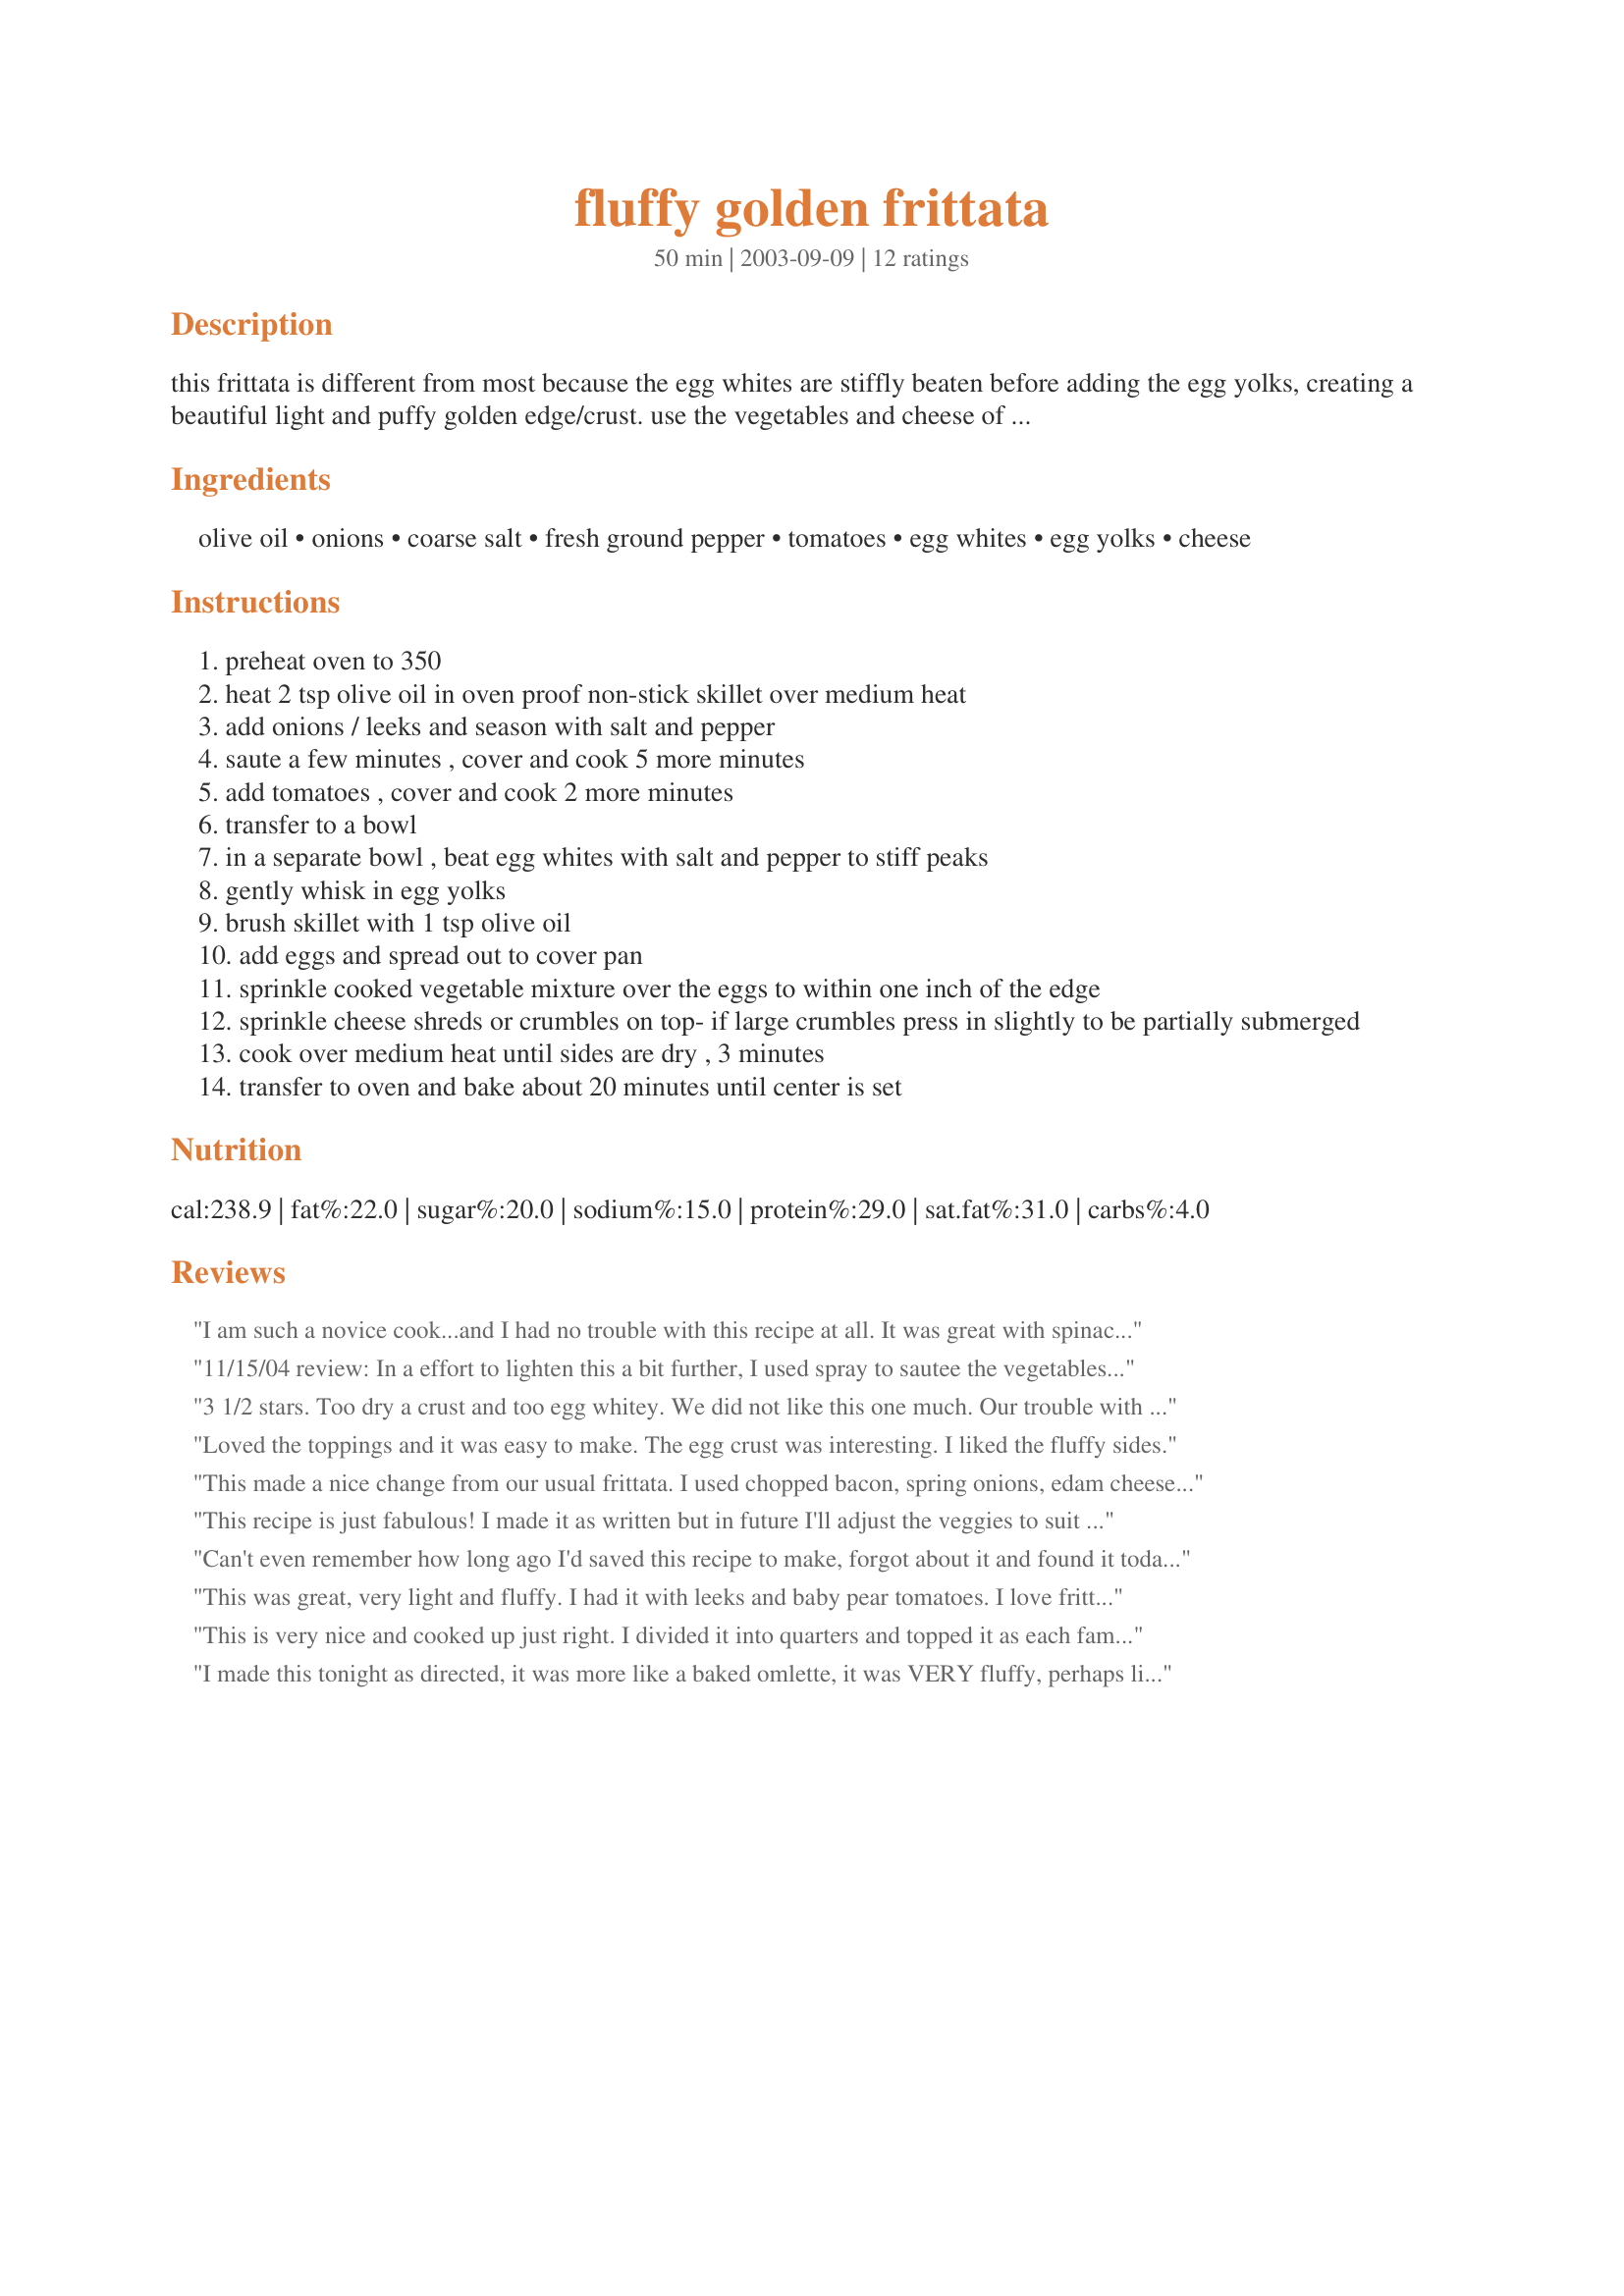
fluffy golden frittata
Preparation time: 50 minutes

this frittata is different from most because the egg whites are stiffly beaten before adding the egg yolks, creating a beautiful light and puffy golden edge/crust. use the vegetables and cheese of your choice. it's based on a recipe in martha stewart's everyday food magazine. she suggested leeks, grape tomatoes and crumbled goat cheese, but we used onion, garden tomatoes and light cheddar, and it was fabulous.

Ingredients:
olive oil, onions, coarse salt, fresh ground pepper, tomatoes, egg whites, egg yolks, cheese

Steps:
preheat oven to 350
heat 2 tsp olive oil in oven proof non-stick skillet over medium heat
add onions / leeks and season with salt and pepper
saute a few minutes , cover and cook 5 more minutes
add tomatoes , cover and cook 2 more minutes
transfer to a bowl
in a separate bowl , beat egg whites with salt and pepper to stiff peaks
gently whisk in egg yolks
brush skillet with 1 tsp olive oil
add eggs and spread out to cover pan
sprinkle cooked vegetable mixture over the eggs to within one inch of the edge
sprinkle cheese shreds or crumbles on top- if large crumbles press in slightly to be partially submerged
cook over medium heat until sides are dry , 3 minutes
transfer to oven and bake about 20 minutes until center is set

Reviews:
I am such a novice cook...and I had no trouble with this recipe at all. It was great with spinach, feta and tomatoes. Also added fresh basil and garlic.
11/15/04 review: In a effort to lighten this a bit further, I used spray to sautee the vegetables and just three yolks. Also used half mushrooms and half onions with reduced fat cheddar cheese. The results were wonderful. I don't think I'll ever make a frittata without whipping the whites separately ever again. I could also see using a wide array of vegetables including zucchini and spinach. Update: Just made this again with leeks and a combination of part skim mozzarella and reduced fat feta cheese. Couldn't imagine this being better than the last time but it was. Thanks again PanNan.
3 1/2 stars. Too dry a crust and too egg whitey. We did not like this one much. Our trouble with it was the texture. I used a cast iron frying pan and after taking it out it sank, not sure if it is meant to. I used one less egg white, unrefined extra virgin olive oil, vidalia onions, scallions, sea salt though not coarse, sliced tomatoes, a good mozzarella and a sharper cheddar cheese, plus the rest of the ingredients and I also added a some freshly sliced button mushrooms while sauteing the onions.Made for ZWT7 Italy, for my team, Food.Commandos
Loved the toppings and it was easy to make. The egg crust was interesting. I liked the fluffy sides.
This made a nice change from our usual frittata. I used chopped bacon, spring onions, edam cheese and cherry tomatoes. I will make again. A 'keeper' for me :)
This recipe is just fabulous! I made it as written but in future I'll adjust the veggies to suit my family's taste. It's a wonderful base frittata recipe. Made for ZWT Frittata Challenge.
Can't even remember how long ago I'd saved this recipe to make, forgot about it and found it today and decided to make it for breakfast. Was DH happy I did!! It's so light and fluffy and really looked pretty. I used onions, bacon, fresh tomatoes, spinach and swiss cheese that I sauted in the bacon grease. Then followed the very clear directions, YUM!! It diffently is not the same texture as most frittatas but a lovely change that we very much enjoyed, and a plus is it's fast and easy to put together.
This was great, very light and fluffy. I had it with leeks and baby pear tomatoes. I love frittatas such a great meal. I think zuchinni would be great in this too! Thanks for the great recipe.
This is very nice and cooked up just right. I divided it into quarters and topped it as each family member wanted. I think next time, my preference would be to whip just half the egg whites to give some volume and lightness, but reduce the egg white taste.
I made this tonight as directed, it was more like a baked omlette, it was VERY fluffy, perhaps like a souffle frittata. I was really wanting a frittata, it was lovely - just not what I was wanting.
This is a nice frittata. I halved it because my pan was pretty small. Actually, not having a skillet that will go in the oven, I used a sauce pan. My only problem was that it sunk in the middle but I think that was operator error! We did find that the amount of onions was a bit too much for our taste, and I think the cheese was a little more then we like as well. (I used a lovely low fat cheddar.) That said, it was light and fluffy and a nice dinner.
A delightfully different frittata and it scaled nicely for DH and me. I used a combination of red onions and scallions. The cheese was crumbled feta and after baking, I garnished with freshly snipped chives.
